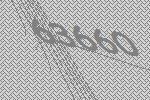
63660